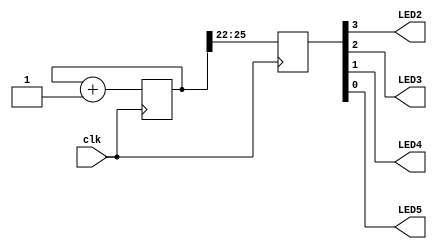
/* Binary counter displayed on LEDs (the 4 green ones on the right).
 * Changes value about once a second.
 */
module top (
	input  clk,
	output LED2,
	output LED3,
	output LED4,
	output LED5
);

	localparam BITS = 4;
	localparam LOG2DELAY = 22;

	reg [BITS+LOG2DELAY-1:0] counter = 0;
	reg [BITS-1:0] outcnt;

	always@(posedge clk) begin
		counter <= counter + 1;
		outcnt <= counter >> LOG2DELAY;
	end

	assign {LED2, LED3, LED4, LED5} = outcnt;
endmodule